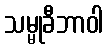
သမ္မုခီဘာဝါ